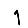
Digit: 1